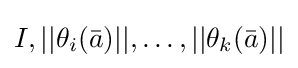
I,||\theta _{i}({\bar {a}})||,\ldots ,||\theta _{k}({\bar {a}})||